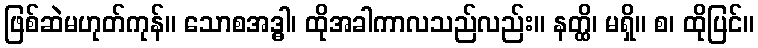
ဖြစ်ဆဲမဟုတ်ကုန်။ သောစအဒ္ဓါ၊ ထိုအခါကာလသည်လည်း။ နတ္ထိ၊ မရှိ။ စ၊ ထိုပြင်။